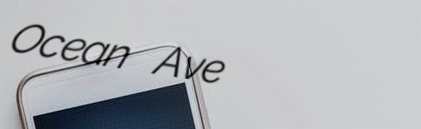
Ocean Ave